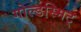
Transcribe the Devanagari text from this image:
गोल्डस्मिट्